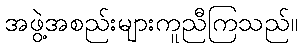
အဖွဲ့အစည်းများကူညီကြသည်။